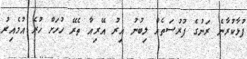
ފުޅާކުރާނެ ރަނުގެ ފުރުސަތެއް ލިބުނު އިރު އޭރިއާ ތެރޭ ހުހަށް ހުރެ އުމެއިރު